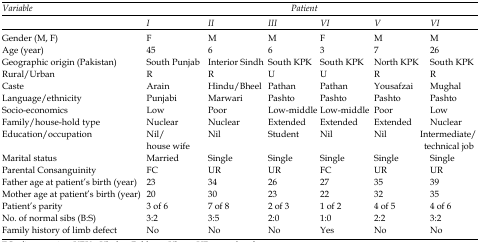
<table><thead><tr><td rowspan="2"><b><i>Variable</i></b></td><td colspan="6"><b><i>Patient </i></b></td></tr><tr><td><b><i>I</i></b></td><td><b><i>II</i></b></td><td><b><i>III</i></b></td><td><b><i>VI</i></b></td><td><b><i>V</i></b></td><td><b><i>VI</i></b></td></tr></thead><tbody><tr><td>Gender (M, F)</td><td>F</td><td>M</td><td>M</td><td>F</td><td>M</td><td>M</td></tr><tr><td>Age (year)</td><td>45</td><td>6</td><td>6</td><td>3</td><td>7</td><td>26</td></tr><tr><td>Geographic origin (Pakistan)</td><td>South Punjab</td><td>Interior Sindh</td><td>South KPK</td><td>South KPK</td><td>North KPK</td><td>South KPK</td></tr><tr><td>Rural/Urban</td><td>R</td><td>R</td><td>U</td><td>U</td><td>R</td><td>R</td></tr><tr><td>Caste</td><td>Arain</td><td>Hindu/Bheel</td><td>Pathan</td><td>Pathan</td><td>Yousafzai</td><td>Mughal</td></tr><tr><td>Language/ethnicity </td><td>Punjabi</td><td>Marwari</td><td>Pashto</td><td>Pashto</td><td>Pashto</td><td>Pashto </td></tr><tr><td>Socio-economics</td><td>Low</td><td>Poor</td><td>Low-middle</td><td>Low-middle</td><td>Poor</td><td>Low</td></tr><tr><td>Family/house-hold type </td><td>Nuclear </td><td>Nuclear </td><td>Extended </td><td>Extended</td><td>Extended </td><td>Nuclear</td></tr><tr><td>Education/occupation</td><td>Nil/house wife</td><td>Nil </td><td>Student</td><td>Nil </td><td>Nil</td><td>Intermediate/ technical job</td></tr><tr><td>Marital status</td><td>Married</td><td>Single</td><td>Single</td><td>Single</td><td>Single</td><td>Single</td></tr><tr><td>Parental Consanguinity </td><td>FC</td><td>UR</td><td>UR</td><td>FC</td><td>UR</td><td>UR</td></tr><tr><td>Father age at patient’s birth (year)</td><td>23</td><td>34</td><td>26</td><td>27</td><td>35</td><td>39</td></tr><tr><td>Mother age at patient’s birth (year)</td><td>20</td><td>30</td><td>23</td><td>22</td><td>32</td><td>35</td></tr><tr><td>Patient’s parity </td><td>3 of 6</td><td>7 of 8</td><td>2 of 3</td><td>1 of 2</td><td>4 of 5</td><td>4 of 6</td></tr><tr><td>No. of normal sibs (B:S)</td><td>3:2</td><td>3:5</td><td>2:0</td><td>1:0</td><td>2:2</td><td>3:2</td></tr><tr><td>Family history of limb defect</td><td>No</td><td>No</td><td>No</td><td>Yes </td><td>No </td><td>No</td></tr></tbody></table>